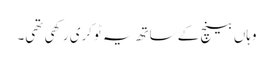
وہاں بینچ کے ساتھ یہ ٹوکری رکھی تھی۔